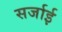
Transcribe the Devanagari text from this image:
सर्जाई